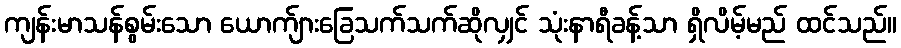
ကျန်းမာသန်စွမ်းသော ယောက်ျားခြေသက်သက်ဆိုလျှင် သုံးနာရီခန့်သာ ရှိလိမ့်မည် ထင်သည်။